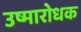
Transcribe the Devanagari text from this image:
उष्मारोधक